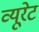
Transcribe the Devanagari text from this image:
व्यूरेट